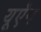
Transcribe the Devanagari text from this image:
यूऍन